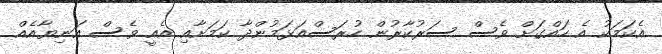
އެެކަމަކު އެ ހައްގަށް ވެސް ސަރުކާރުން ހުރަސްއަަޅަމުންދާ ކަމަށާއި އެއީ ވެސް އަނިޔާއެއް